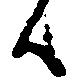
ハ